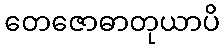
တေဇောဓာတုယာပိ